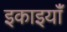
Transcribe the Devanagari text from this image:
इकाइयांँ